Vaccination Hyderabad 1872-1889 - 1872-1889
Year: 1872
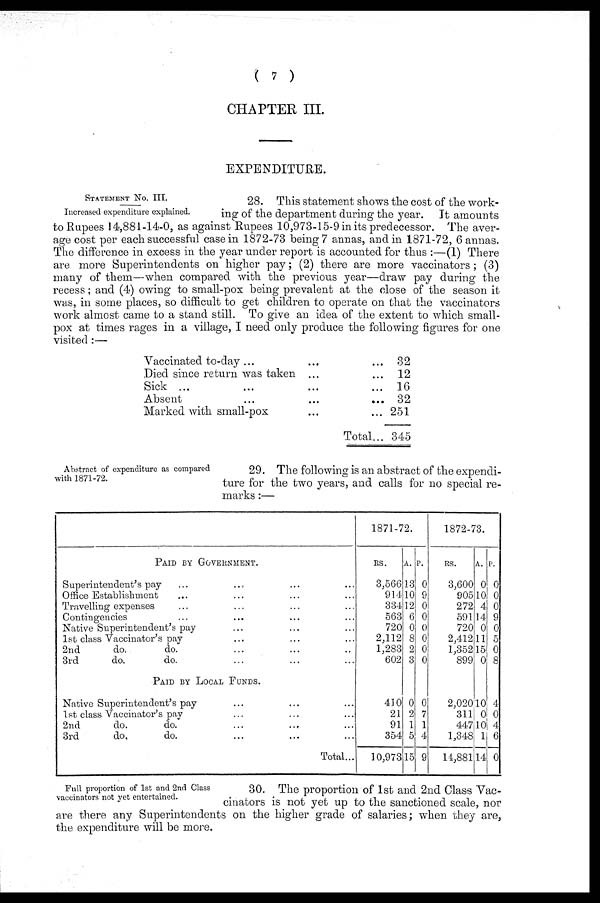
( 7 )
CHAPTER III.
EXPENDITURE.
STATEMENT NO. III.
Increased expenditure explained.
28. This statement shows the cost of the work-
ing of the department during the year. It amounts
to Rupees 14,881-14-0, as against Rupees 10,973-15-9 in its predecessor. The aver-
age cost per each successful case in 1872-73 being 7 annas, and in 1871-72, 6 annas.
The difference in excess in the year under report is accounted for thus :—(1) There
are more Superintendents on higher pay; (2) there are more vaccinators; (3)
many of them—when compared with the previous year—draw pay during the
recess; and (4) owing to small-pox being prevalent at the close of the season it
was, in some places, so difficult to get children to operate on that the vaccinators
work almost came to a stand still. To give an idea of the extent to which small-
pox at times rages in a village, I need only produce the following figures for one
visited:—
Vaccinated to-day ... ... ...
Died since return was taken ... ...
Sick ... ... ... ...
Absent ... ... ... ...
Marked with small-pox ... ... ...
Total...
32
12
16
32
251
345
Abstract of expenditure as compared
with 1871-72.
29. The following is an abstract of the expendi-
ture for the two years, and calls for no special re--
marks :—
PAID BY GOVERNMENT.
Superintendent's pay ... ... ... ...
Office Establishment ... ... ... ...
Travelling expenses ... ... ... ...
Contingencies ... ... ... ...
Native Superintendent's pay ... ... ...
1st class Vaccinator's pay ... ... ...
2nd
do.
do. ... ... ... ...
3rd
do.
do. ... ... ... ...
PAID BY LOCAL FUNDS.
Native Superintendent's pay ... ... ...
1st class Vaccinator's pay ... ... ...
2nd
do.
do. ... ... ...
3rd
do.
do. ... ... ...
Total...
1871-72.
RS.
3,566
914
334
563
720
2,112
1,283
602
A.
13
10
12
6
0
8
2
3
P.
0
9
0
0
0
0
0
0
410
21
91
354
10,973
0
2
1
5
15
0
7
1
4
9
1872-73.
RS.
3,600
905
272
591
720
2,412
1,352
899
A.
0
10
4
14
0
11
15
0
P.
0
0
0
9
0
5
0
8
2,020
311
447
1,348
14,881
10
0
10
1
14
4
0
4
6
0
Full proportion of 1st and 2nd Class
vaccinators not yet entertained.
30. The proportion of 1st and 2nd Class Vac-
cinators is not yet up to the sanctioned scale, nor
are there any Superintendents on the higher grade of salaries; when they are,
the expenditure will be more.